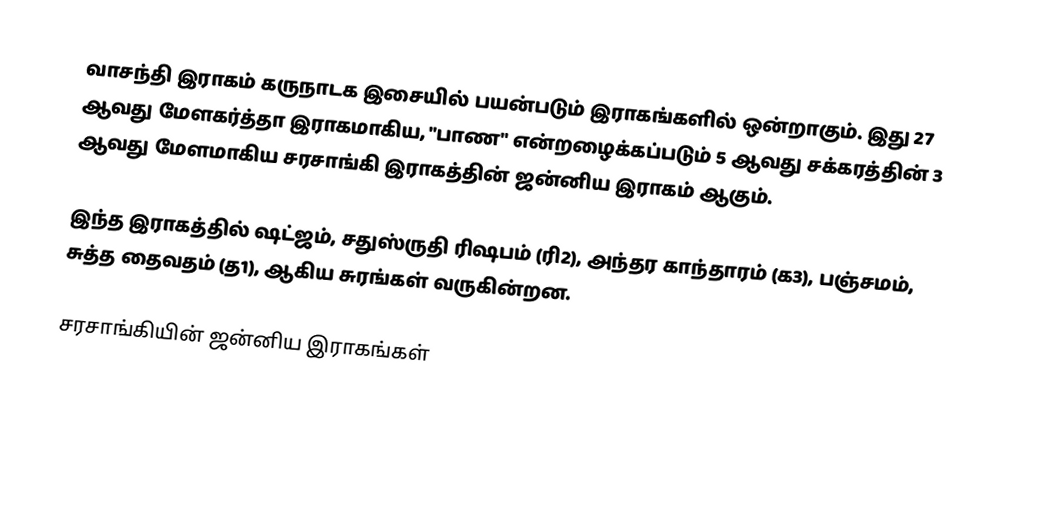
வாசந்தி இராகம் கருநாடக இசையில் பயன்படும் இராகங்களில் ஒன்றாகும். இது 27 ஆவது மேளகர்த்தா இராகமாகிய, "பாண" என்றழைக்கப்படும் 5 ஆவது சக்கரத்தின் 3 ஆவது மேளமாகிய சரசாங்கி இராகத்தின் ஜன்னிய இராகம் ஆகும்.

இந்த இராகத்தில் ஷட்ஜம், சதுஸ்ருதி ரிஷபம் (ரி2),  அந்தர காந்தாரம் (க3), பஞ்சமம், சுத்த தைவதம் (த1), ஆகிய சுரங்கள் வருகின்றன.

சரசாங்கியின் ஜன்னிய இராகங்கள்